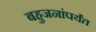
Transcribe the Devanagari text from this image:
बहुजनांपर्यंत